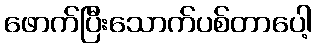
ဖောက်ပြီးသောက်ပစ်တာပေါ့